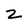
Character: z